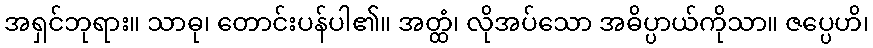
အရှင်ဘုရား။ သာဓု၊ တောင်းပန်ပါ၏။ အတ္ထံ၊ လိုအပ်သော အဓိပ္ပာယ်ကိုသာ။ ဇပ္ပေဟိ၊